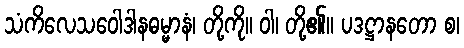
သံကိလေသဝေါဒါနဓမ္မာနံ၊ တို့ကို။ ဝါ၊ တို့၏။ ပဒဋ္ဌာနတော စ၊